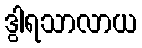
ဒွါရသာလာယ